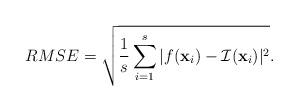
LaTeX: \begin{align*}RMSE = \sqrt{\frac{1}{s}\sum_{i=1}^{s} |f(\textbf{x}_i) - {\cal I}(\textbf{x}_i)|^2}. \end{align*}